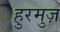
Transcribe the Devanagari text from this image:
हुरमुज़